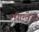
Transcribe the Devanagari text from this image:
लैंगग्वेज